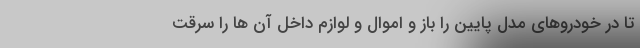
تا در خودروهای مدل پایین را باز و اموال و لوازم داخل آن ها را سرقت